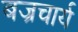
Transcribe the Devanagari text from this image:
बज्रचार्य